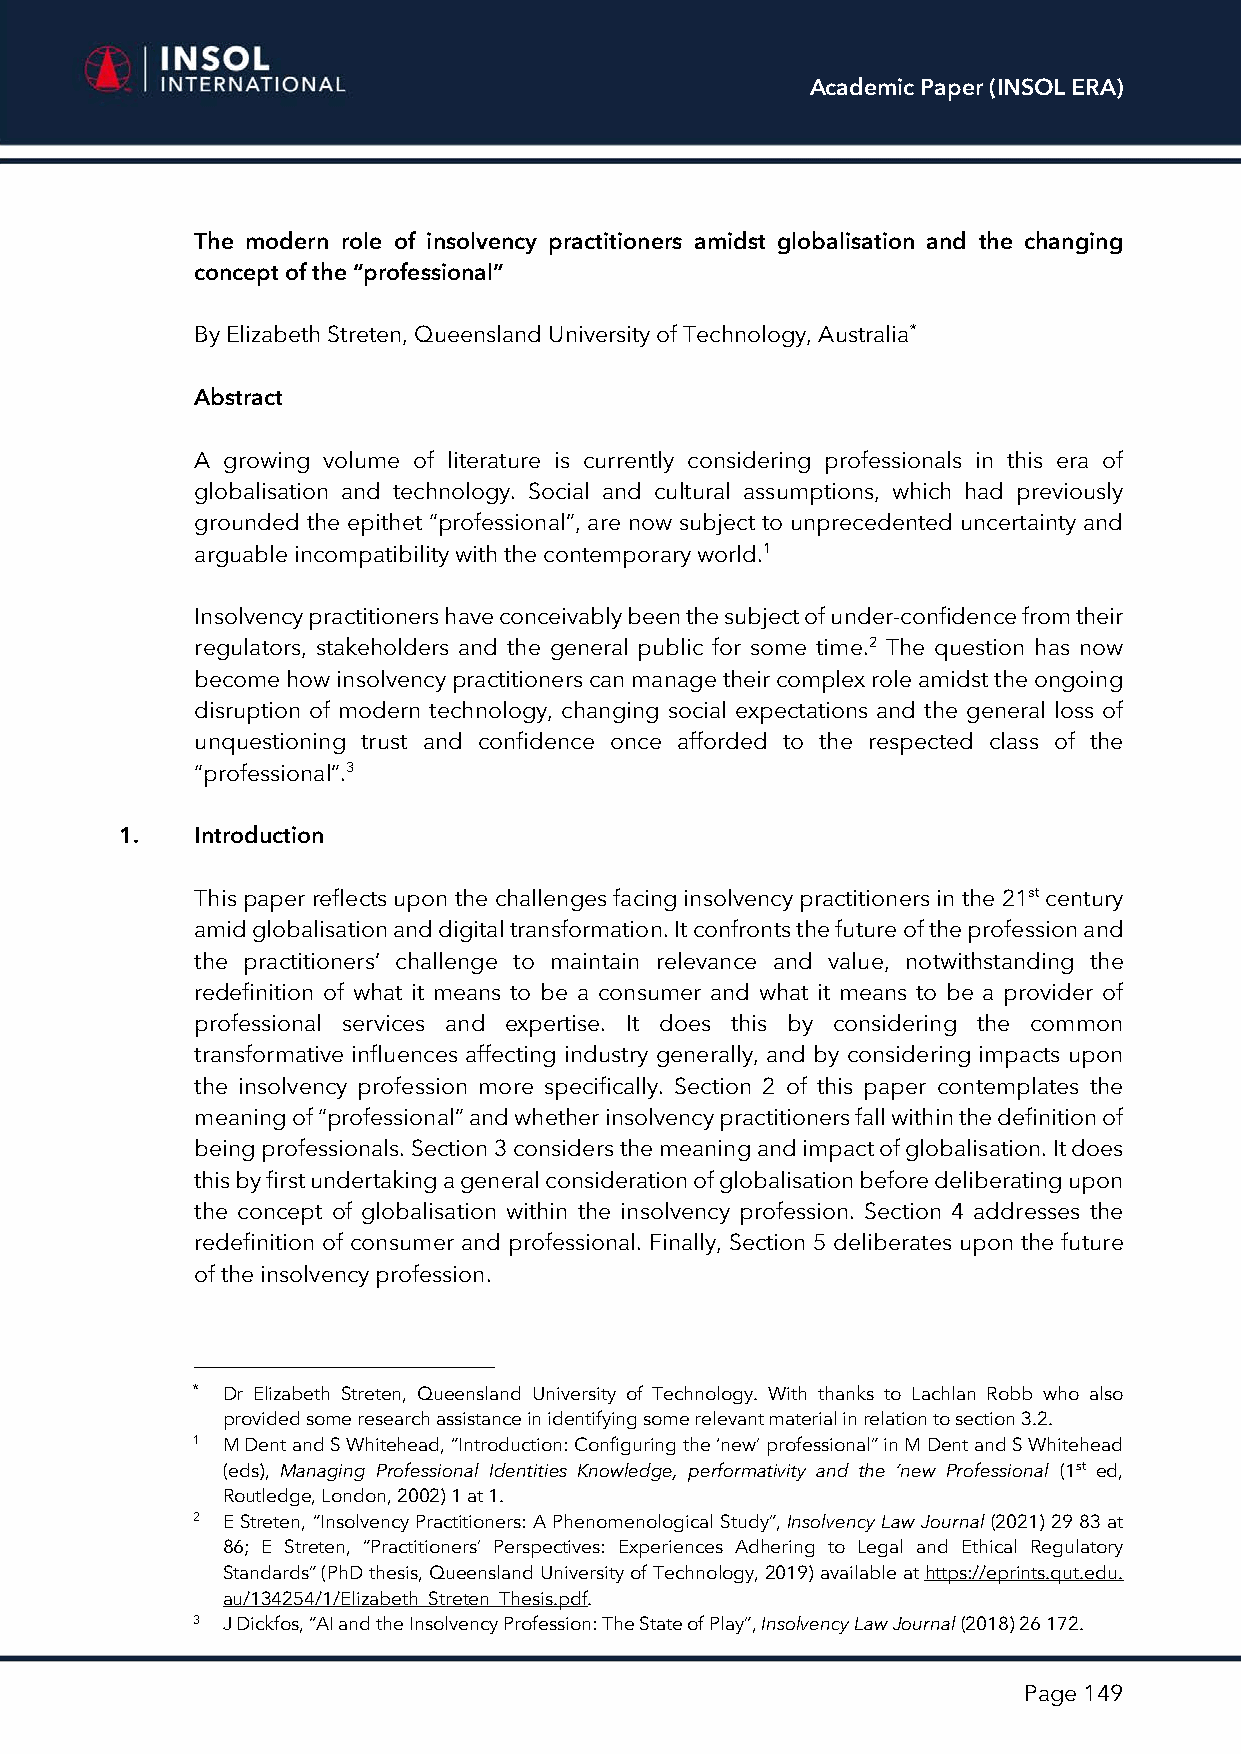
Academic Paper (INSOL ERA)
 The modern role of insolvency practitioners amidst globalisation and the changing
 concept of the “professional”
 By Elizabeth Streten, Queensland University of Technology, Australia*
 Abstract
 A growing volume of literature is currently considering professionals in this era of
 globalisation and technology. Social and cultural assumptions, which had previously
 grounded the epithet “professional”, are now subject to unprecedented uncertainty and
 arguable incompatibility with the contemporary world.1
 Insolvency practitioners have conceivably been the subject of under-confidence from their
 regulators, stakeholders and the general public for some time.2 The question has now
 become how insolvency practitioners can manage their complex role amidst the ongoing
 disruption of modern technology, changing social expectations and the general loss of
 unquestioning trust and confidence once afforded to the respected class of the
 “professional”.3
 1.   Introduction
 This paper reflects upon the challenges facing insolvency practitioners in the 21st century
 amid globalisation and digital transformation. It confronts the future of the profession and
 the practitioners’ challenge to maintain relevance and value, notwithstanding the
 redefinition of what it means to be a consumer and what it means to be a provider of
 professional services and expertise. It does this by considering the common
 transformative influences affecting industry generally, and by considering impacts upon
 the insolvency profession more specifically. Section 2 of this paper contemplates the
 meaning of “professional” and whether insolvency practitioners fall within the definition of
 being professionals. Section 3 considers the meaning and impact of globalisation. It does
 this by first undertaking a general consideration of globalisation before deliberating upon
 the concept of globalisation within the insolvency profession. Section 4 addresses the
 redefinition of consumer and professional. Finally, Section 5 deliberates upon the future
 of the insolvency profession.
 * Dr Elizabeth Streten, Queensland University of Technology. With thanks to Lachlan Robb who also
 provided some research assistance in identifying some relevant material in relation to section 3.2.
 1 M Dent and S Whitehead, “Introduction: Configuring the ‘new’ professional” in M Dent and S Whitehead
 (eds), Managing Professional Identities Knowledge, performativity and the ‘new Professional (1st ed,
 Routledge, London, 2002) 1 at 1.
 2 E Streten, “Insolvency Practitioners: A Phenomenological Study”, Insolvency Law Journal (2021) 29 83 at
 86; E Streten, “Practitioners’ Perspectives: Experiences Adhering to Legal and Ethical Regulatory
 Standards” (PhD thesis, Queensland University of Technology, 2019) available at https://eprints.qut.edu.
 au/134254/1/Elizabeth_Streten_Thesis.pdf.
 3 J Dickfos, “AI and the Insolvency Profession: The State of Play”, Insolvency Law Journal (2018) 26 172.
 Page 149